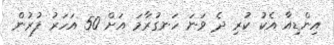
އިންޑިއާ އެކު ކުރި ދެ ވަނަ ހަނގުރާމަ އަށް 50 އަހަރު ފުުރުން